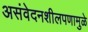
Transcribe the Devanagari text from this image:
असंवेदनशीलपणामुळे